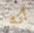
أنه